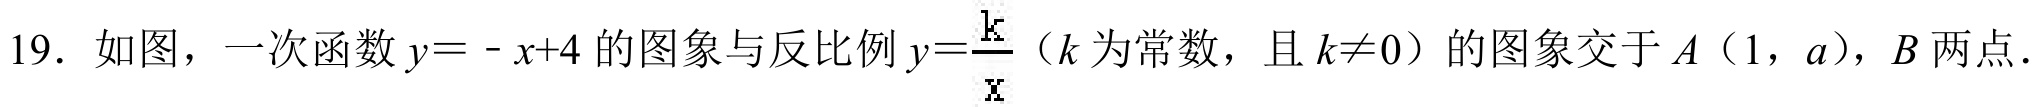
19. 如图，一次函数\(y = -x + 4\)的图象与反比例\(y=\frac{k}{x}\)（\(k\)为常数，且\(k\neq0\)）的图象交于\(A(1,a)\)，\(B\)两点.